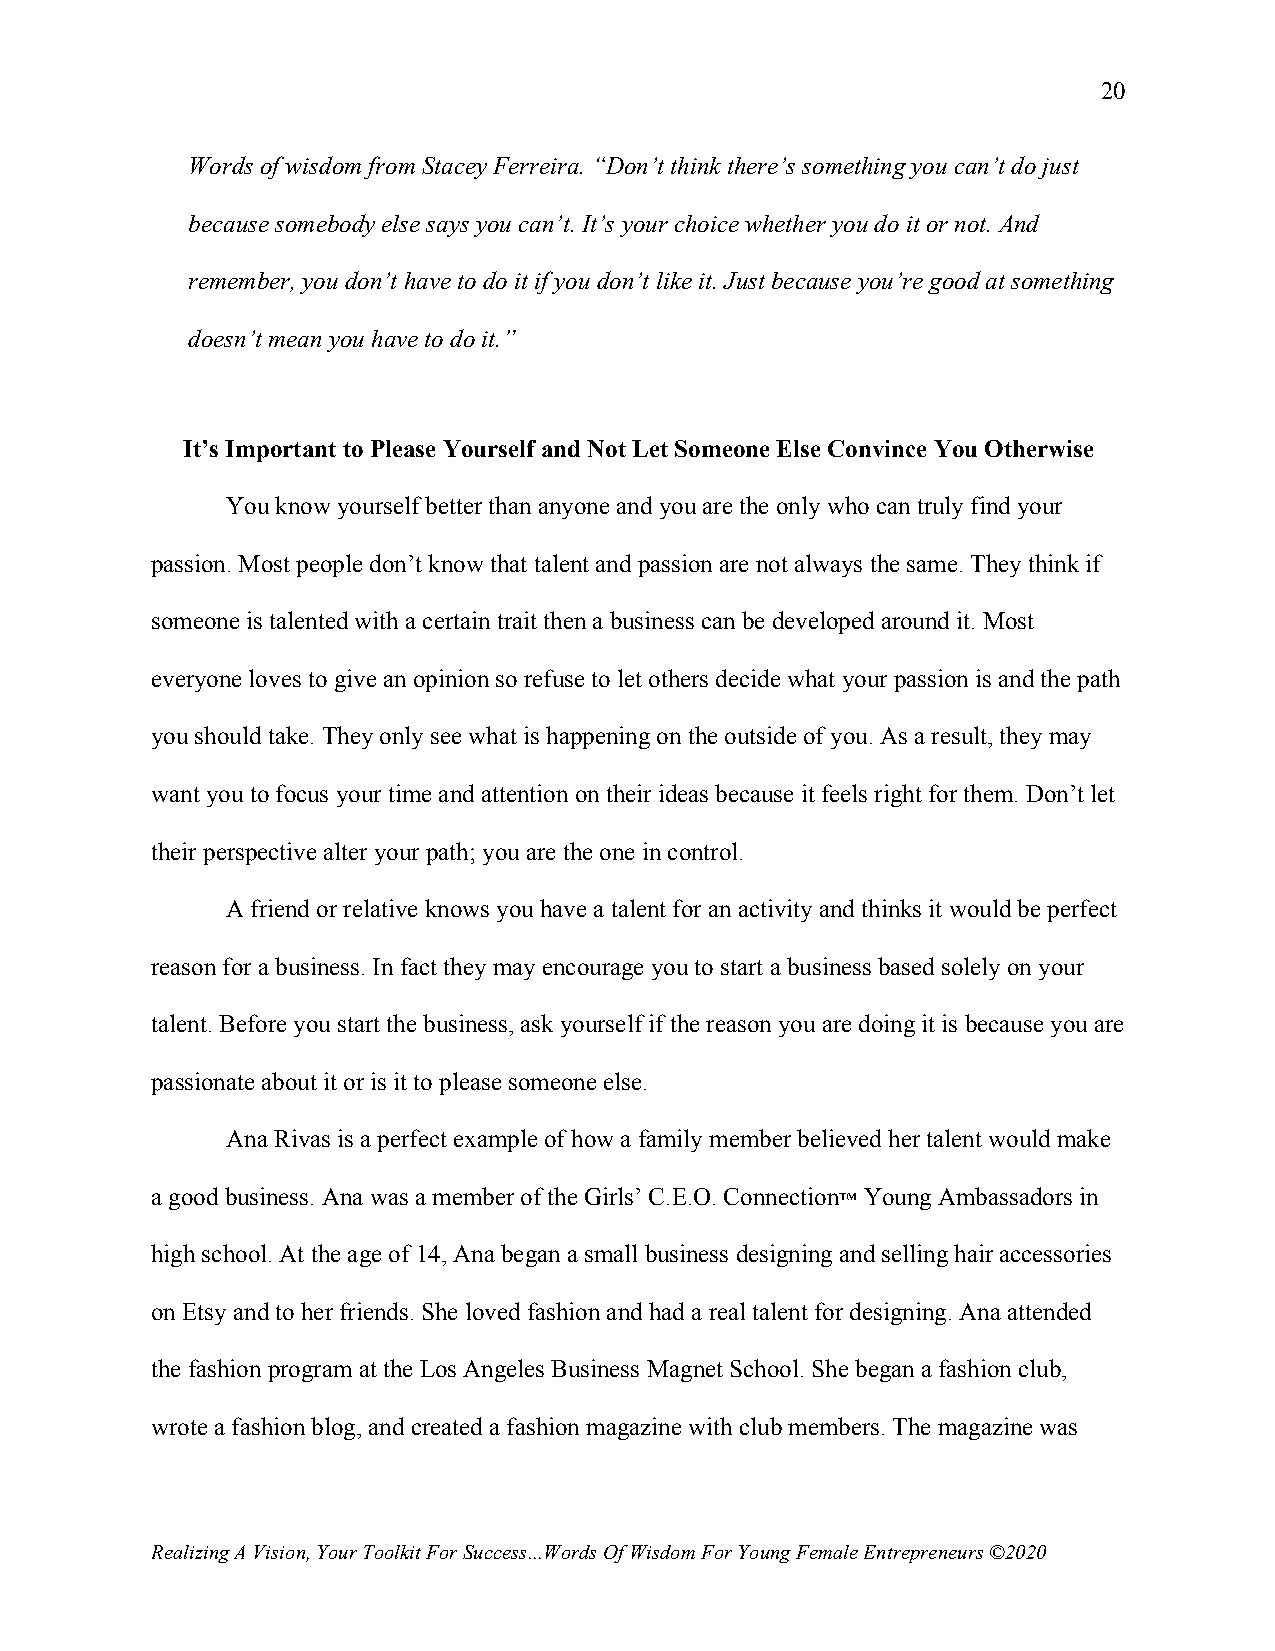
20
 Words of wisdom from Stacey Ferreira. “Don’t think there’s something you can’t do just
 because somebody else says you can’t. It’s your choice whether you do it or not. And
 remember, you don’t have to do it if you don’t like it. Just because you’re good at something
 doesn’t mean you have to do it.”
 It’s Important to Please Yourself and Not Let Someone Else Convince You Otherwise
 You know yourself better than anyone and you are the only who can truly find your
 passion. Most people don’t know that talent and passion are not always the same. They think if
 someone is talented with a certain trait then a business can be developed around it. Most
 everyone loves to give an opinion so refuse to let others decide what your passion is and the path
 you should take. They only see what is happening on the outside of you. As a result, they may
 want you to focus your time and attention on their ideas because it feels right for them. Don’t let
 their perspective alter your path; you are the one in control.
 A friend or relative knows you have a talent for an activity and thinks it would be perfect
 reason for a business. In fact they may encourage you to start a business based solely on your
 talent. Before you start the business, ask yourself if the reason you are doing it is because you are
 passionate about it or is it to please someone else.
 Ana Rivas is a perfect example of how a family member believed her talent would make
 a good business. Ana was a member of the Girls’ C.E.O. Connection™ Young Ambassadors in
 high school. At the age of 14, Ana began a small business designing and selling hair accessories
 on Etsy and to her friends. She loved fashion and had a real talent for designing. Ana attended
 the fashion program at the Los Angeles Business Magnet School. She began a fashion club,
 wrote a fashion blog, and created a fashion magazine with club members. The magazine was
 Realizing A Vision, Your Toolkit For Success...Words Of Wisdom For Young Female Entrepreneurs ©2020